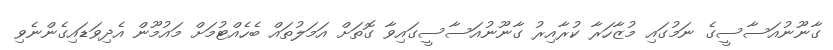
ގާނޫނުއަސާސީގެ ނަމުގައި މުޒާހަރާ ކުރާއިރު ގާނޫނުއަސާސީގައިވާ ގޮތަށް އަމަލުތައް ބެހެއްޓުމަށް މައުމޫން އެދިވަޑައިގެންނެވި